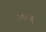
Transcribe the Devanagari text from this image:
३५६५